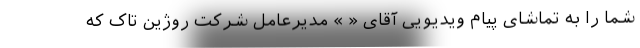
شما را به تماشای پیام ویدیویی آقای « » مدیرعامل شرکت روژین تاک که